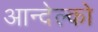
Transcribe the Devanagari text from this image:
आन्देल्को